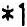
*1